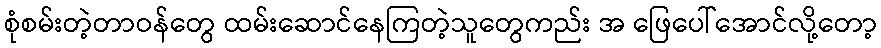
စုံစမ်းတဲ့တာဝန်တွေ ထမ်းဆောင်နေကြတဲ့သူတွေကည်း အ ဖြေပေါ်အောင်လို့တော့